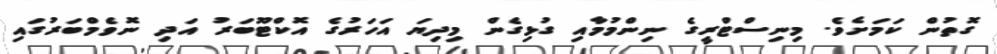
ގޮތުން ކަމަށެވެ. މިނިސްޓްރީގެ ނިންމުމާއި ގުޅިގެން މިދިޔަ އަހަރުގެ އޮކްޓޫބަރު އަދި ނޮވެމްބަރުގައި